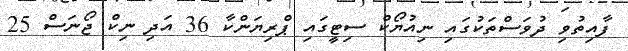
ފާއިތުވި ދުވަސްތަކުގައި ނިއުޔޯކް ސިޓީގައި ޕްރިޔަންކާ 36 އަދި ނިކް ޖޯނަސް 25